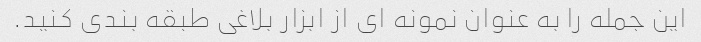
این جمله را به عنوان نمونه ای از ابزار بلاغی طبقه بندی کنید.